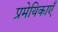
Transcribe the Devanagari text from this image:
प्रमेयिकाएँ